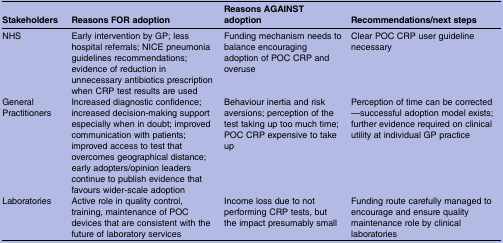
| Stakeholders | Reasons FOR adoption | Reasons AGAINST adoption | Recommendations/next steps |
 | --- | --- | --- | --- |
 | NHS | Early intervention by GP; less hospital referrals; NICE pneumonia guidelines recommendations; evidence of reduction in unnecessary antibiotics prescription when CRP test results are used | Funding mechanism needs to balance encouraging adoption of POC CRP and overuse | Clear POC CRP user guideline necessary |
 | General Practitioners | Increased diagnostic confidence; increased decision-making support especially when in doubt; improved communication with patients; improved access to test that overcomes geographical distance; early adopters/opinion leaders continue to publish evidence that favours wider-scale adoption | Behaviour inertia and risk aversions; perception of the test taking up too much time; POC CRP expensive to take up | Perception of time can be corrected—successful adoption model exists; further evidence required on clinical utility at individual GP practice |
 | Laboratories | Active role in quality control, training, maintenance of POC devices that are consistent with the future of laboratory services | Income loss due to not performing CRP tests, but the impact presumably small | Funding route carefully managed to encourage and ensure quality maintenance role by clinical laboratories |